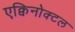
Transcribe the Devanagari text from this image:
एक्विनोक्टल